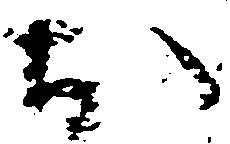
お